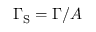
\Gamma _ { \mathrm { S } } = \Gamma / A